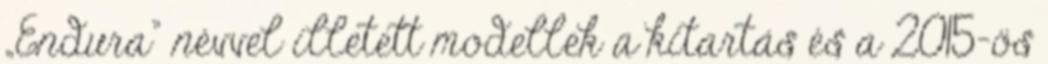
„Endura” névvel illetett modellek a kitartás és a 2015-ös